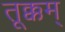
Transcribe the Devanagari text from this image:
तूक्कम्